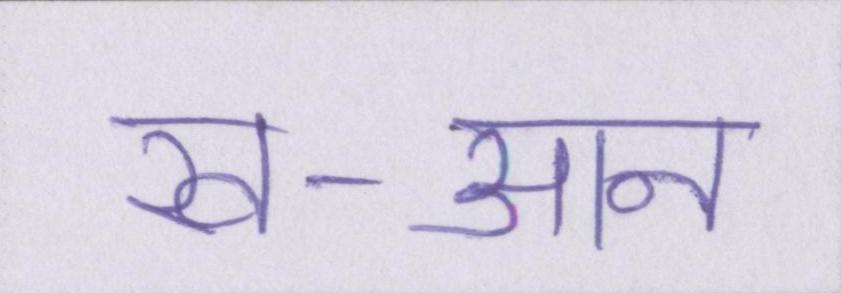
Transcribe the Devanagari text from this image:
ख-आन